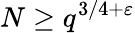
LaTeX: N\geq q^{3/4+\varepsilon}